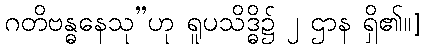
ဂတိဗန္ဓနေသု”ဟု ရူပသိဒ္ဓိ၌ ၂ ဌာန ရှိ၏။]